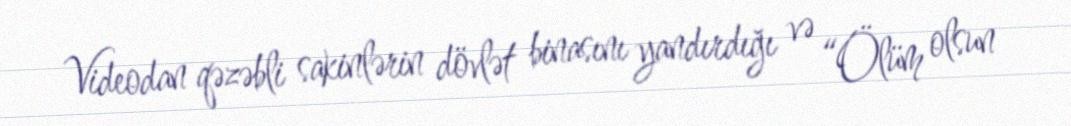
Videodan qəzəbli sakinlərin dövlət binasını yandırdığı və “Ölüm olsun